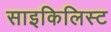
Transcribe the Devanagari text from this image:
साइकिलिस्ट